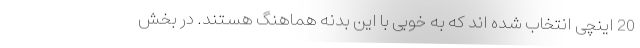
20 اینچی انتخاب شده اند که به خوبی با این بدنه هماهنگ هستند. در بخش